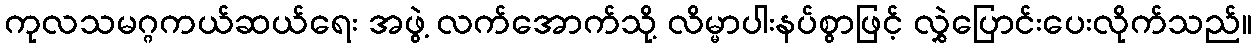
ကုလသမဂ္ဂကယ်ဆယ်ရေး အဖွဲ့ လက်အောက်သို့ လိမ္မာပါးနပ်စွာဖြင့် လွှဲပြောင်းပေးလိုက်သည်။